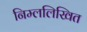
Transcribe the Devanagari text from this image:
निम्ललिखित